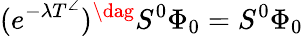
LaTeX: (e^{-\lambda T^{\angle}})^{\dag}S^{0}\Phi_{0}=S^{0}\Phi_{0}